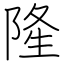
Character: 隆